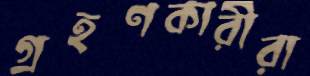
গ্রহণকারীরা